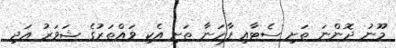
މޫނު ދޮންނަ ތަށި ސެޓާއި ފާހަނާ ތަށި އެކި ވައްތަރުގެ ޝަވަރު އަދި